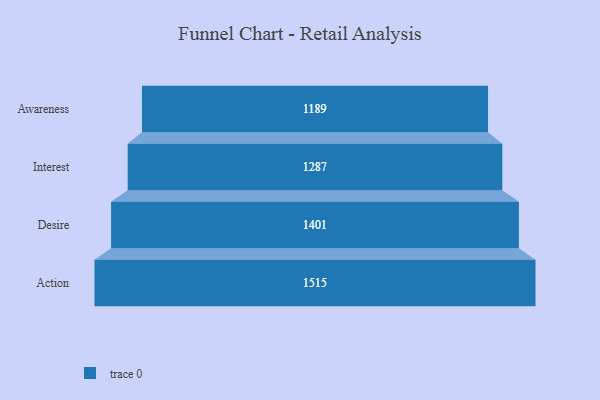
{"axis": {"x": "Stage", "y": "Value"}, "legend": [""], "data": [{"x": "Awareness", "y": 1189.0, "type": ""}, {"x": "Interest", "y": 1287.0, "type": ""}, {"x": "Desire", "y": 1401.0, "type": ""}, {"x": "Action", "y": 1515.0, "type": ""}]}